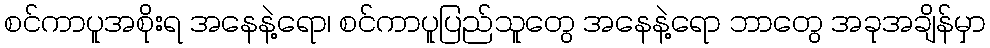
စင်ကာပူအစိုးရ အနေနဲ့ရော၊ စင်ကာပူပြည်သူတွေ အနေနဲ့ရော ဘာတွေ အခုအချိန်မှာ